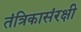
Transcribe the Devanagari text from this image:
तंत्रिकासंरक्षी